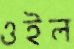
ওইল